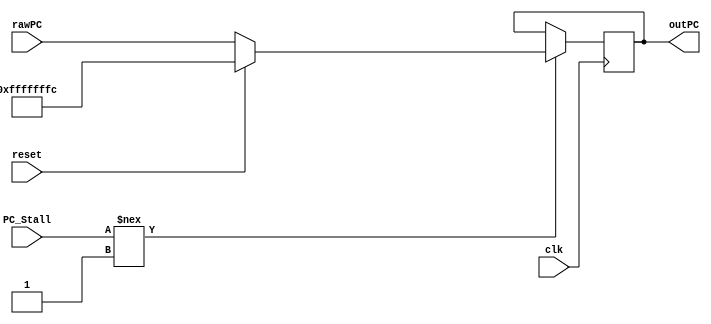
module PCReg (rawPC,outPC,reset,clk,PC_Stall);
input wire [31:0] rawPC;
input reset,clk;
input PC_Stall;
output reg [31:0] outPC;
always @(posedge clk)
  begin
	  if (PC_Stall!==1'b1)
		  begin
        if (reset==1'b0) outPC <= rawPC;
        else outPC <= 32'hFFFF_FFFC;
		  end
  end
endmodule